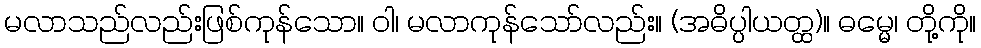
မလာသည်လည်းဖြစ်ကုန်သော။ ဝါ၊ မလာကုန်သော်လည်း။ (အဓိပ္ပါယတ္ထ)။ ဓမ္မေ၊ တို့ကို။